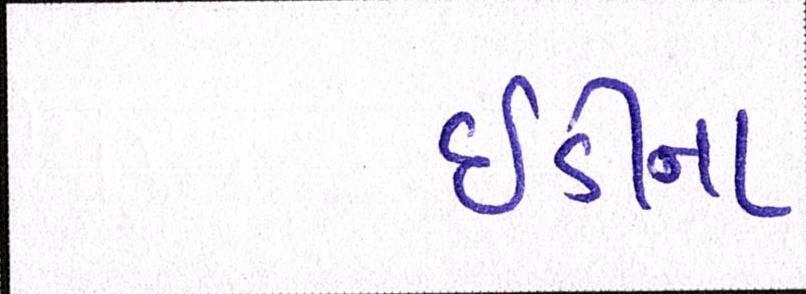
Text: ઇડીના